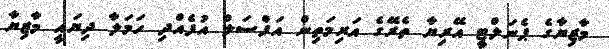
މާޒިޔާގެ ޕެނަލްޓީ އޭރިޔާ ތެރޭގެ އަރިމަތިން އަފްސަލް އުފެއްދި ހަމަލާ ދިޔައީ މާޒިޔާ